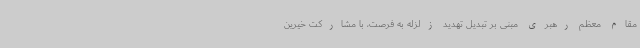
مقام معظم رهبری مبنی بر تبدیل تهدید زلزله به فرصت، با مشارکت خیرین